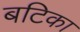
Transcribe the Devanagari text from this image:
बटिका